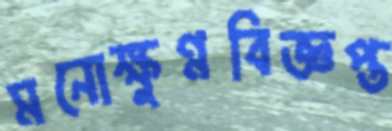
মনোক্ষুণ্নবিজ্ঞপ্ত